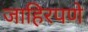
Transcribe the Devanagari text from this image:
जाहिरपणे